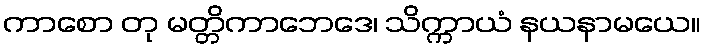
ကာစော တု မတ္တိကာဘေဒေ၊ သိက္ကာယံ နယနာမယေ။